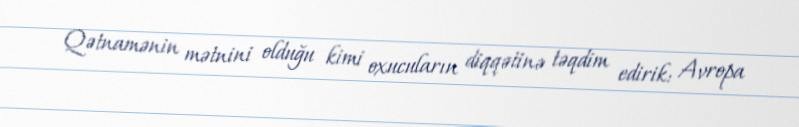
Qətnamənin mətnini olduğu kimi oxucuların diqqətinə təqdim edirik: Avropa